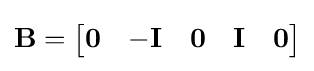
\mathbf {B} ={\begin{bmatrix}\mathbf {0} &-\mathbf {I} &\mathbf {0} &\mathbf {I} &\mathbf {0} \end{bmatrix}}